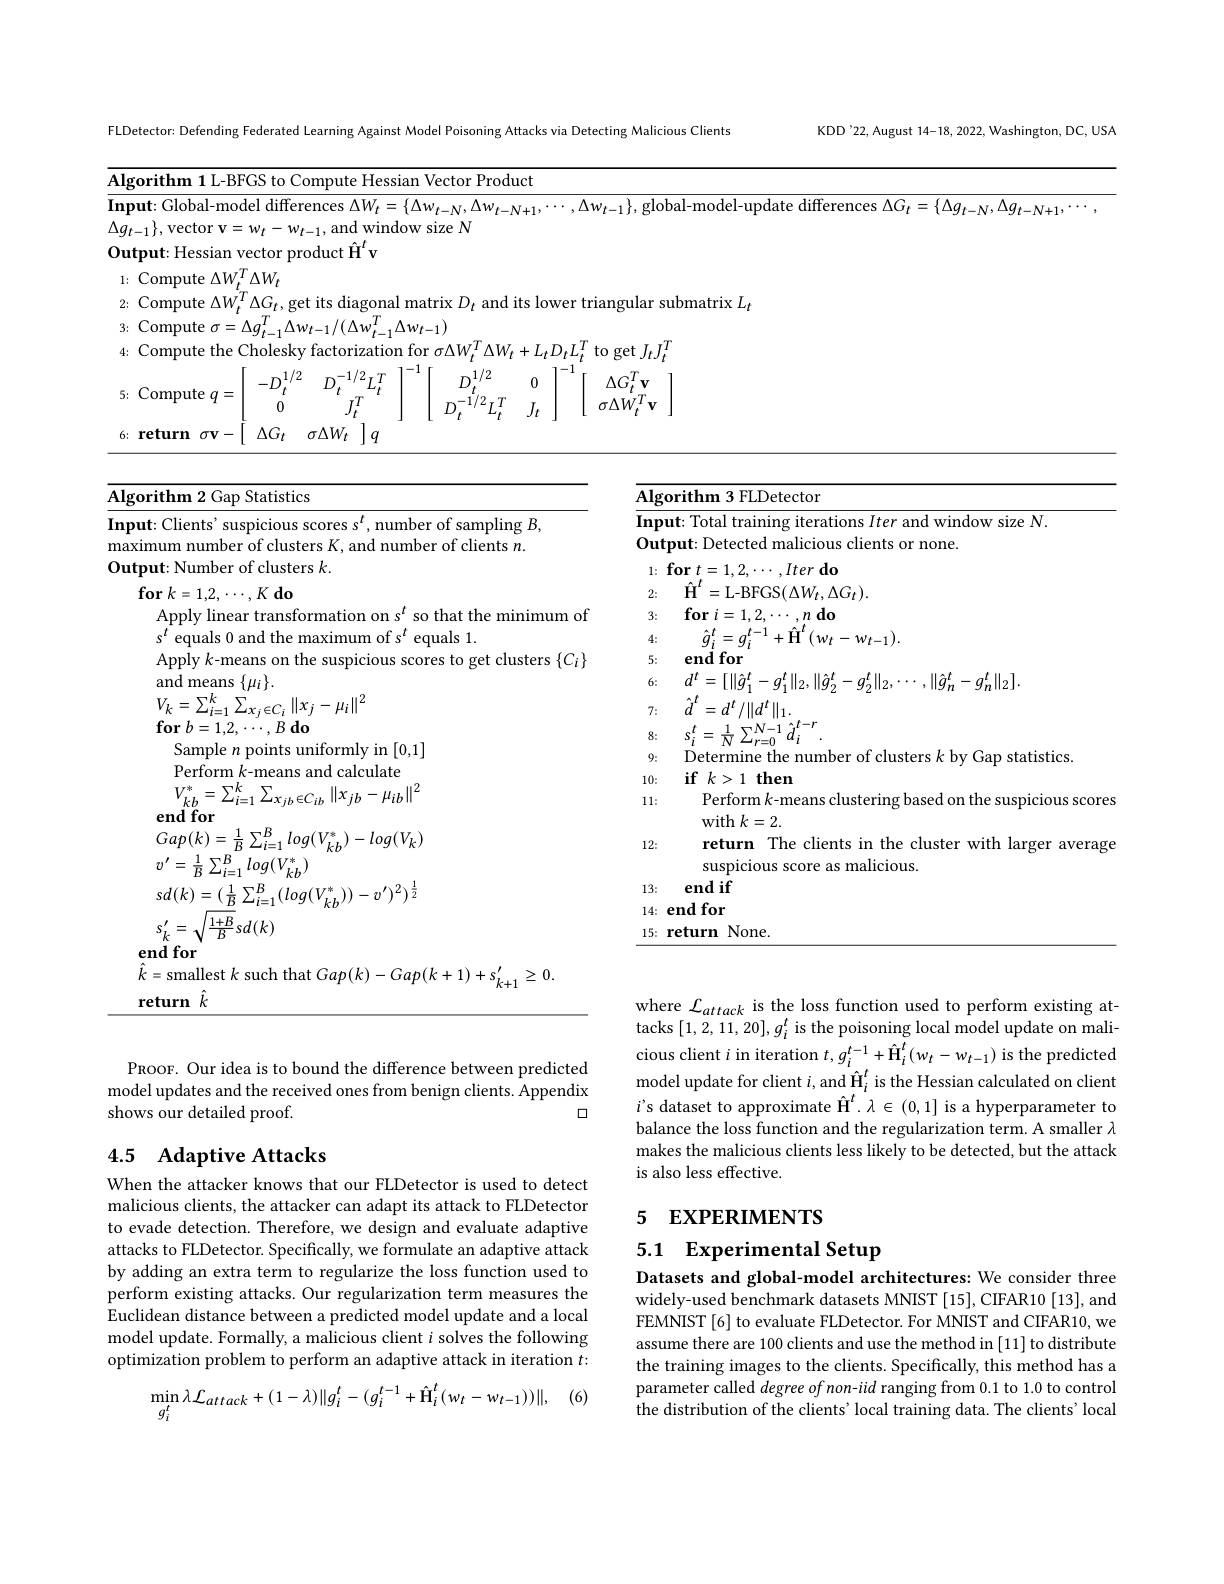
<table>
	<tbody>
		<tr>
			<td>$Al;$</td>
			<td>gorithm 1L-B</td>
			<td>FGSto 1</td>
			<td>Hessian Vector Product</td>
			<td>ssian Vector Product</td>
			<td>Product ctor ·</td>
		</tr>
		<tr>
			<td>$I_{1}$ $\mathbf{n}_{1}$ </td>
			<td>$\mathbf{ut:Global-mo}$</td>
			<td>$\operatorname{del}$differ</td>
			<td>$V_{t}=\{\Delta w_{t-N},\Delta w_{t-N+1}\}$</td>
			<td> </td>
			<td>$\Delta w_{t-N+1}$, $-N$,</td>
		</tr>
		<tr>
			<td>$\Delta g$</td>
			<td>$:-1\}$, vector $\because\boldsymbol{V}$ </td>
			<td>$w_t$ 一 $w$</td>
			<td>vindow size $N$</td>
			<td>${\mathrm{ndow~size~}}N$</td>
			<td>ze N</td>
		</tr>
		<tr>
			<td>$O_{1}$ </td>
			<td>$\mathbf{tput:Hessian}$</td>
			<td>rector $pr$</td>
			<td>$V$</td>
			<td> </td>
			<td> </td>
		</tr>
		<tr>
			<td>1</td>
			<td>Compute $:\Delta W$</td>
			<td>$\Delta W_{t}$</td>
			<td> </td>
			<td> </td>
			<td> </td>
		</tr>
		<tr>
			<td>2</td>
			<td>Compute $\Delta W$</td>
			<td>$\Delta G_{t}$,</td>
			<td>onal matrix $D_{t}$ and its lower</td>
			<td>submatrix $L_t$</td>
			<td>$ix$ $D_{t}$ and its slov </td>
		</tr>
		<tr>
			<td>3</td>
			<td>Compute $:\sigma$ =</td>
			<td>$T$ $\Delta g_{t}^{\prime}$ $\Delta_{1}$ T</td>
			<td>$\Delta w_{t-1})$</td>
			<td>$\Delta w_{t-1})$</td>
			<td> </td>
		</tr>
		<tr>
			<td>4:</td>
			<td>Compute the </td>
			<td>Cholesk</td>
			<td>$\operatorname{ation}$for$\sigma\Delta W_{\iota}^{l}$ $\Delta W_{t}+L_{t}D_{t}L$</td>
			<td>on for $\sigma\Delta W_{t}^{T}\Delta W_{t}+L_{t}D_{t}L_{t}^{T}$ to get $J_{t}J_{t}^{T}$</td>
			<td>$r\Delta W_{t}^{I}\iota$ $\Delta W_{t}+L_{t}$</td>
		</tr>
		<tr>
			<td>5</td>
			<td>Compute $\Xi q$ -</td>
			<td>1/2 $-D$ $t$ 0</td>
			<td>$T$ 0 $L$ $J_t$</td>
			<td>11 $\Lambda G$ $\sigma\Delta W^{I}$ $\mathbf{v}$</td>
			<td>1/2 $D$ 0 /2 $D_{i}$ ${}^{2}II$ $J_{t}$</td>
		</tr>
		<tr>
			<td>6</td>
			<td>return $\sigma\boldsymbol{v}$ 一 </td>
			<td>$\Delta G_t$</td>
			<td>$q$</td>
			<td> </td>
			<td> </td>
		</tr>
	</tbody>
</table>

<table>
	<tbody>
		<tr>
			<td>Statistics ith 2 11 $(iam)$ </td>
			<td>$\mathbf{)r}$</td>
			<td>, Statistics $\mathbf{m}$ 2(ian</td>
		</tr>
		<tr>
			<td>$\textbf{ut: Clients' suspicious scores s}^{t}$,number of sampling mum number of clusters K, and number of clients $r$ $\mathbf{out:Number~of~clusters~}k.$</td>
			<td>$\mathbf{1}\mathbf{t}$ $1\boldsymbol{rr}$ $\mathbf{p}\mathbf{l}$</td>
			<td>ients' suspicious scores s$^t$,number of sampling $B$, number of clusters K, and number of clients $n.$ ${\mathrm{Vumber~of~clusters~}}k.$</td>
		</tr>
		<tr>
			<td>$1+B$ $\overline{B}$ $sd(k)$ $\mathbf{endfor}$ $k=$smallest $k$ such that $Gap(k)-Gap(k+1)+s_k^{\prime}$ $k+$</td>
			<td>er $k$ re</td>
			<td>$1+B$ $sd(k)$ $\overline{R}$ $0r$ nallest $k$ such that $Gap(k)-Gap(k+1)+s_{k+1}^{\prime}\geq0.$</td>
		</tr>
	</tbody>
</table>

Algorithm 3 FLDetector
$\overline{\textbf{Input: Total training iterations }Iter\text{ and window size N.}}$
Output: Detected malicious clients or none.
$1: \textbf{for}_{\hat{t} }= 1, 2, \cdots , Iter\textbf{do}$ 2: $\hat{\mathbf{H} } ^{t}=$L-BFGS$(\Delta W_{t},\Delta G_{t}).$ 3: $\textbf{for }i= 1, 2, \cdots , n\textbf{do}$
4:
$\hat{g}_{i}^{t}=g_{i}^{t-1}+\hat{\mathrm{H}}^{t}(w_{t}-w_{t-1}).$
5: end for
6: $d^{t}= [ \| \hat{g} _{1}^{t}- g_{1}^{t}\| _{2}, \| \hat{g} _{2}^{t}- g_{2}^{t}\| _{2}, \cdots , \| \hat{g} _{n}^{t}- g_{n}^{t}\| _{2}] .$
$\tau :$ $\hat{d} ^t= d^t/ \| d^t\| _1.$
8: $s_{i}^{t}= \frac 1N\sum _{r= 0}^{N- 1}\hat{d} _{i}^{t- r}.$
9: Determine the number of clusters $k$ by Gap statistics.
10: $\textbf{if}k> 1$then
Perform $k$-means clustering based on the suspicious scores
11:
with $k=2.$
12:
return The clients in the cluster with larger average
suspicious score as malicious.
13: end if 14: end for 15: return None.

where $\mathcal{L}_attack$ is the loss function used to perform existing attacks $[1,2,11,20],g_i^t$ is the poisoning local model update on malicious client $i$ in iteration $t,g_i^{t-1}+\hat{\mathbf{H}}_i^t(w_t-w_{t-1})$ is the predicted model update for client $i$, and $\hat{\mathbf{H}}_i^t$ is the Hessian calculated on client $i’s$ dataset to approximate $\hat{\mathbf{H}}^t.\lambda\in(0,1]$ is a hyperparameter to balance the loss function and the regularization term. A smaller $\lambda$ makes the malicious clients less likely to be detected, but the attack is also less effective.

PROOF. Our idea is to bound the difference between predicted model updates and the received ones from benign clients. Appendix
口
shows our detailed proof.

## 4.5 Adaptive Attacks

# 5 EXPERIMENTS

5.1 Experimental Setup

When the attacker knows that our FLDetector is used to detect malicious clients, the attacker can adapt its attack to FLDetector to evade detection. Therefore, we design and evaluate adaptive attacks to FLDetector. Specifically, we formulate an adaptive attack by adding an extra term to regularize the loss function used to perform existing attacks. Our regularization term measures the Euclidean distance between a predicted model update and a local model update. Formally, a malicious client $i$ solves the following optimization problem to perform an adaptive attack in iteration $t:$

Datasets and global-model architectures: We consider three widely-used benchmark datasets MNIST [15], CIFAR10 [13], and FEMNIST[6] to evaluate FLDetector. For MNIST and CIFAR10, we assume there are 100 clients and use the method in [11] to distribute the training images to the clients. Specifically, this method has a parameter called degree of non-iid ranging from 0.1 to 1.0 to control the distribution of the clients' local training data. The clients' local

, (6)
$$\min_{g_{i}^{t}}\lambda\mathcal{L}_{attack}+(1-\lambda)\|g_{i}^{t}-(g_{i}^{t-1}+\hat{\mathbf{H}}_{i}^{t}(w_{t}-w_{t-1}))\|,$$